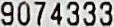
9074333